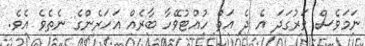
ނަމަވެސް ވަރުގަދަ އެ ދެ އަތް ހުއްޓުވޭހާ ބާރެއް އަހަރެންގެ ނެތެވެ އެވެ.